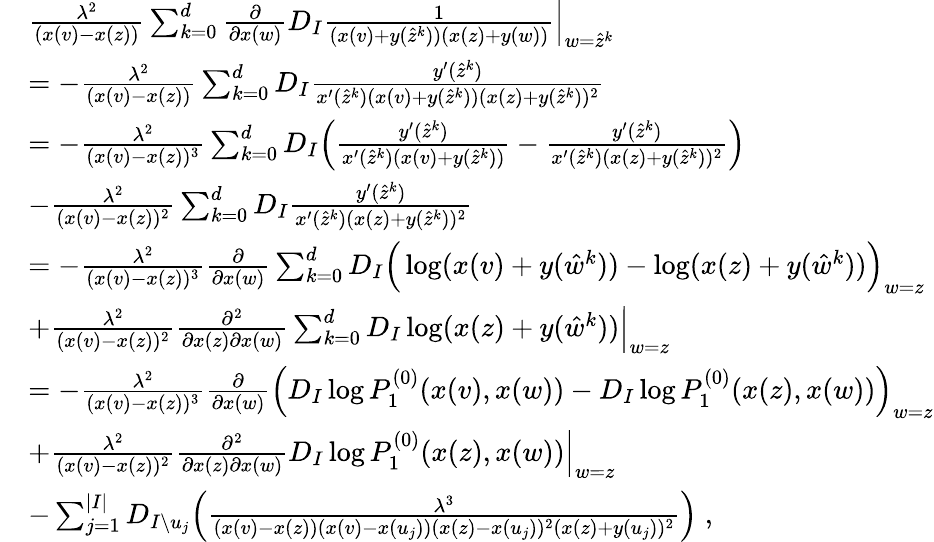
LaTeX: \begin{array}{rl}&{\frac{\lambda^{2}}{(x(v)-x(z))}\sum_{k=0}^{d}\frac{\partial}{\partial x(w)}D_{I}\frac{1}{(x(v)+y(\hat{z}^{k}))(x(z)+y(w))}\Big|_{w=\hat{z}^{k}}}\\ &{=-\frac{\lambda^{2}}{(x(v)-x(z))}\sum_{k=0}^{d}D_{I}\frac{y^{\prime}(\hat{z}^{k})}{x^{\prime}(\hat{z}^{k})(x(v)+y(\hat{z}^{k}))(x(z)+y(\hat{z}^{k}))^{2}}}\\ &{=-\frac{\lambda^{2}}{(x(v)-x(z))^{3}}\sum_{k=0}^{d}D_{I}\Big(\frac{y^{\prime}(\hat{z}^{k})}{x^{\prime}(\hat{z}^{k})(x(v)+y(\hat{z}^{k}))}-\frac{y^{\prime}(\hat{z}^{k})}{x^{\prime}(\hat{z}^{k})(x(z)+y(\hat{z}^{k}))^{2}}\Big)}\\ &{-\frac{\lambda^{2}}{(x(v)-x(z))^{2}}\sum_{k=0}^{d}D_{I}\frac{y^{\prime}(\hat{z}^{k})}{x^{\prime}(\hat{z}^{k})(x(z)+y(\hat{z}^{k}))^{2}}}\\ &{=-\frac{\lambda^{2}}{(x(v)-x(z))^{3}}\frac{\partial}{\partial x(w)}\sum_{k=0}^{d}D_{I}\Big(\log(x(v)+y(\hat{w}^{k}))-\log(x(z)+y(\hat{w}^{k}))\Big)_{w=z}}\\ &{+\frac{\lambda^{2}}{(x(v)-x(z))^{2}}\frac{\partial^{2}}{\partial x(z)\partial x(w)}\sum_{k=0}^{d}D_{I}\log(x(z)+y(\hat{w}^{k}))\Big|_{w=z}}\\ &{=-\frac{\lambda^{2}}{(x(v)-x(z))^{3}}\frac{\partial}{\partial x(w)}\Big(D_{I}\log P_{1}^{(0)}(x(v),x(w))-D_{I}\log P_{1}^{(0)}(x(z),x(w))\Big)_{w=z}}\\ &{+\frac{\lambda^{2}}{(x(v)-x(z))^{2}}\frac{\partial^{2}}{\partial x(z)\partial x(w)}D_{I}\log P_{1}^{(0)}(x(z),x(w))\Big|_{w=z}}\\ &{-\sum_{j=1}^{|I|}D_{I\setminus u_{j}}\Big(\frac{\lambda^{3}}{(x(v)-x(z))(x(v)-x(u_{j}))(x(z)-x(u_{j}))^{2}(x(z)+y(u_{j}))^{2}}\Big)\; ,}\end{array}